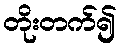
တိုးတက်၍